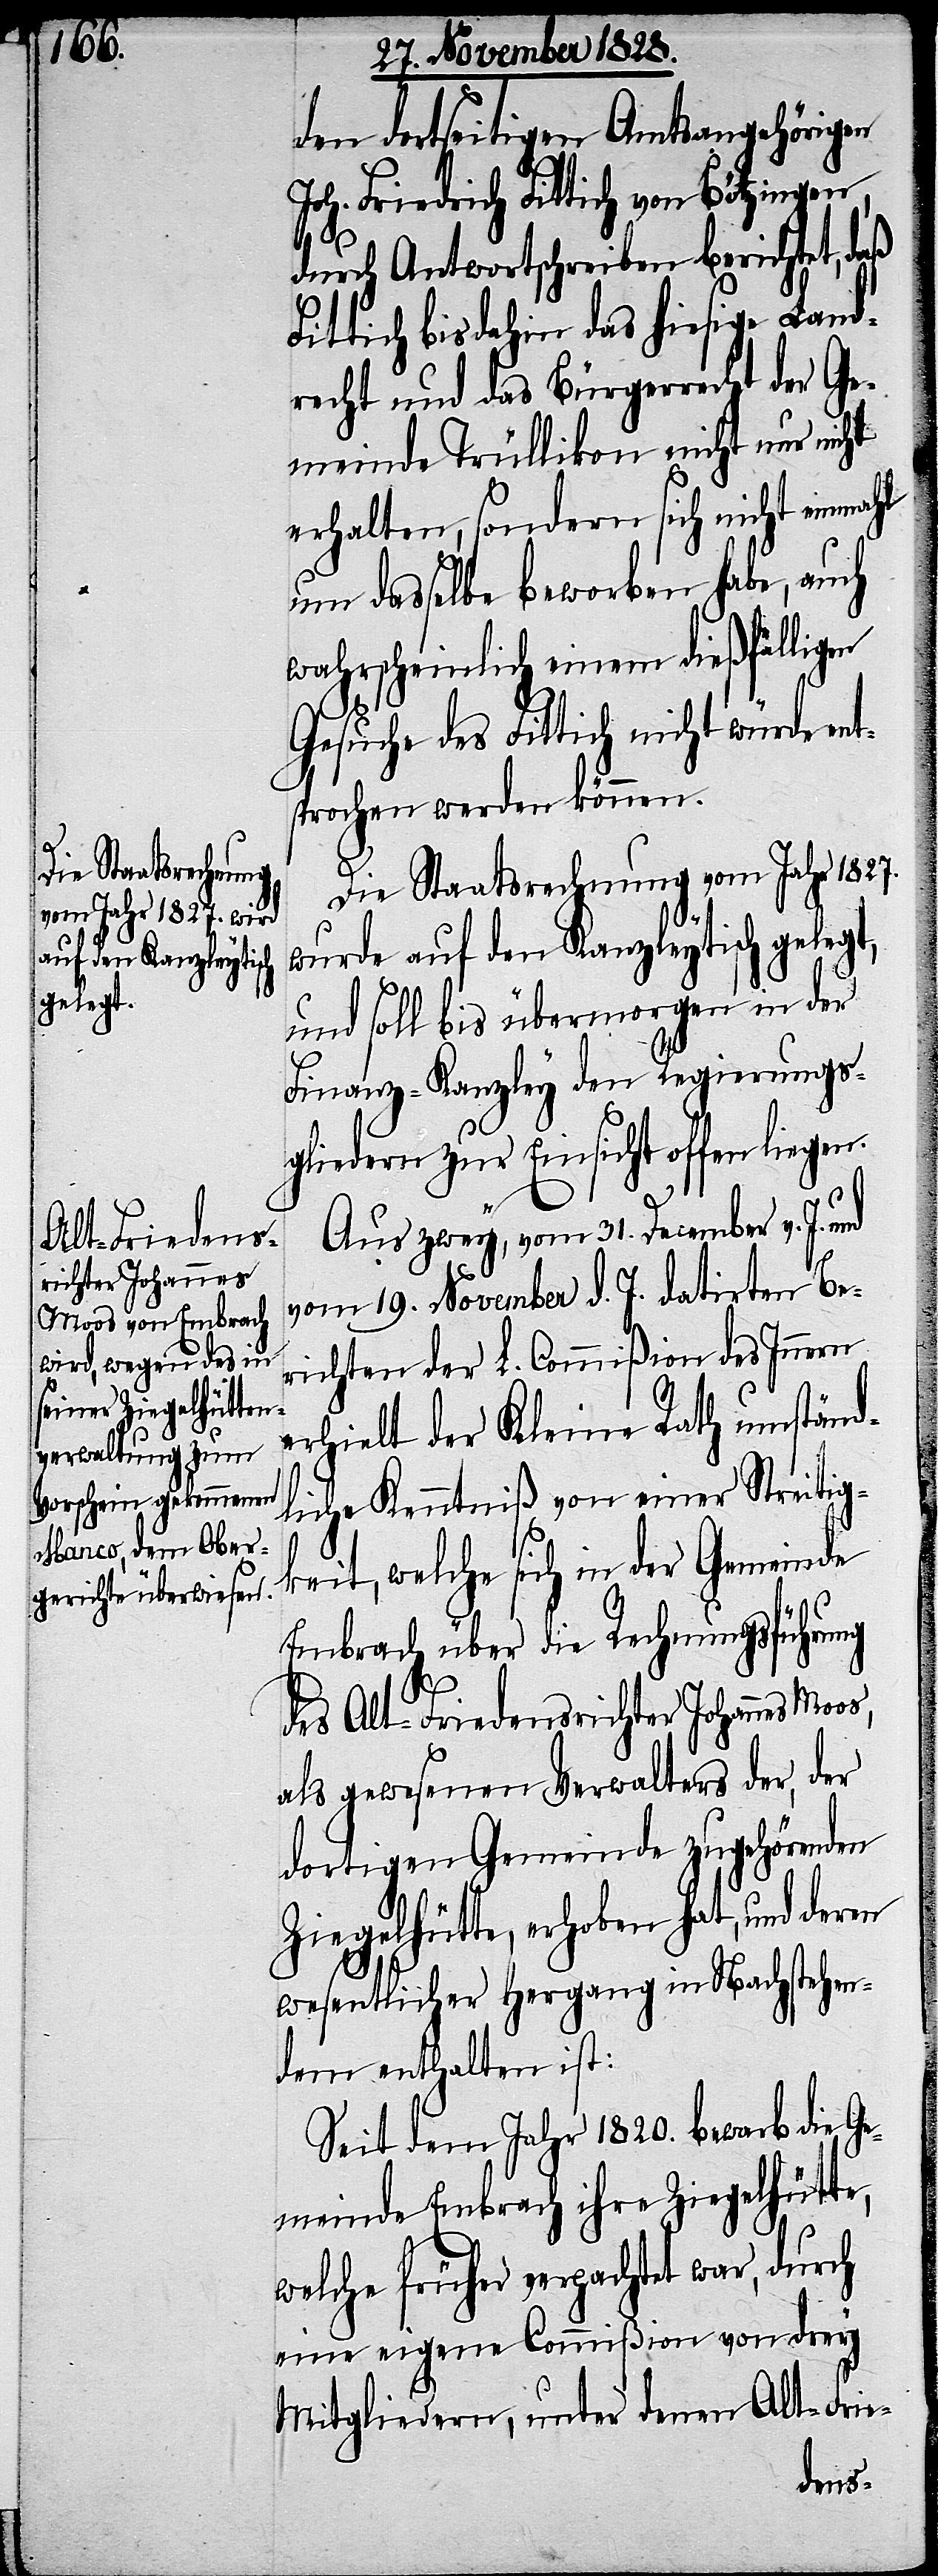
den dortseitigen Amtsangehörigen
Friedrich Fittich von Bötzingen,
durch Antwortschreiben berichtet, daß
ittich bis dahin das hiesige Land¬
recht und das Bürgerecht der Ge¬
meinde Trüllikon nicht nur nicht
erhalten, sondern sich nicht einmahl
um dasselbe beworben habe, auch
wahrscheinlich einem dießfälligen
Gesuche des Fittich nicht würde en¬
tsprochen werden können.
s,
Die Staatsrechnung vom Jahr 1827.
wurde auf den Kanzleytisch gelegt,
und soll bis übermorgen in der
Finanz-Kanzley den Regierungs¬
gliedern zur Einsicht offen
Aus zwey, vom 31. December v. J.
vom 19. November d. J. datirten Be¬
richten der L. Commißion des Innern
erhielt der Kleine Rath umständ¬
liche Kenntniß von einer Streitig¬
keit, welche sich in der Gemeinde
Embrach über die Rechnungsführung
des Alt-Friedensrichter Johannes Moo¬
als gewesenen Verwalters der, der
dortigen Gemeinde zugehörenden
Ziegelhütte, erhoben hat, und deren
wesentlicher Hergang in Nachstehen¬
dem enthalten ist:
Seit dem Jahr 1820. bewarb die Ge¬
meinde Embrach ihre Ziegelhütte,
welche früher verpachtet war, durch
eine eigene Commißion von drey
Mitgliedern, unter denen Alt-Frie-